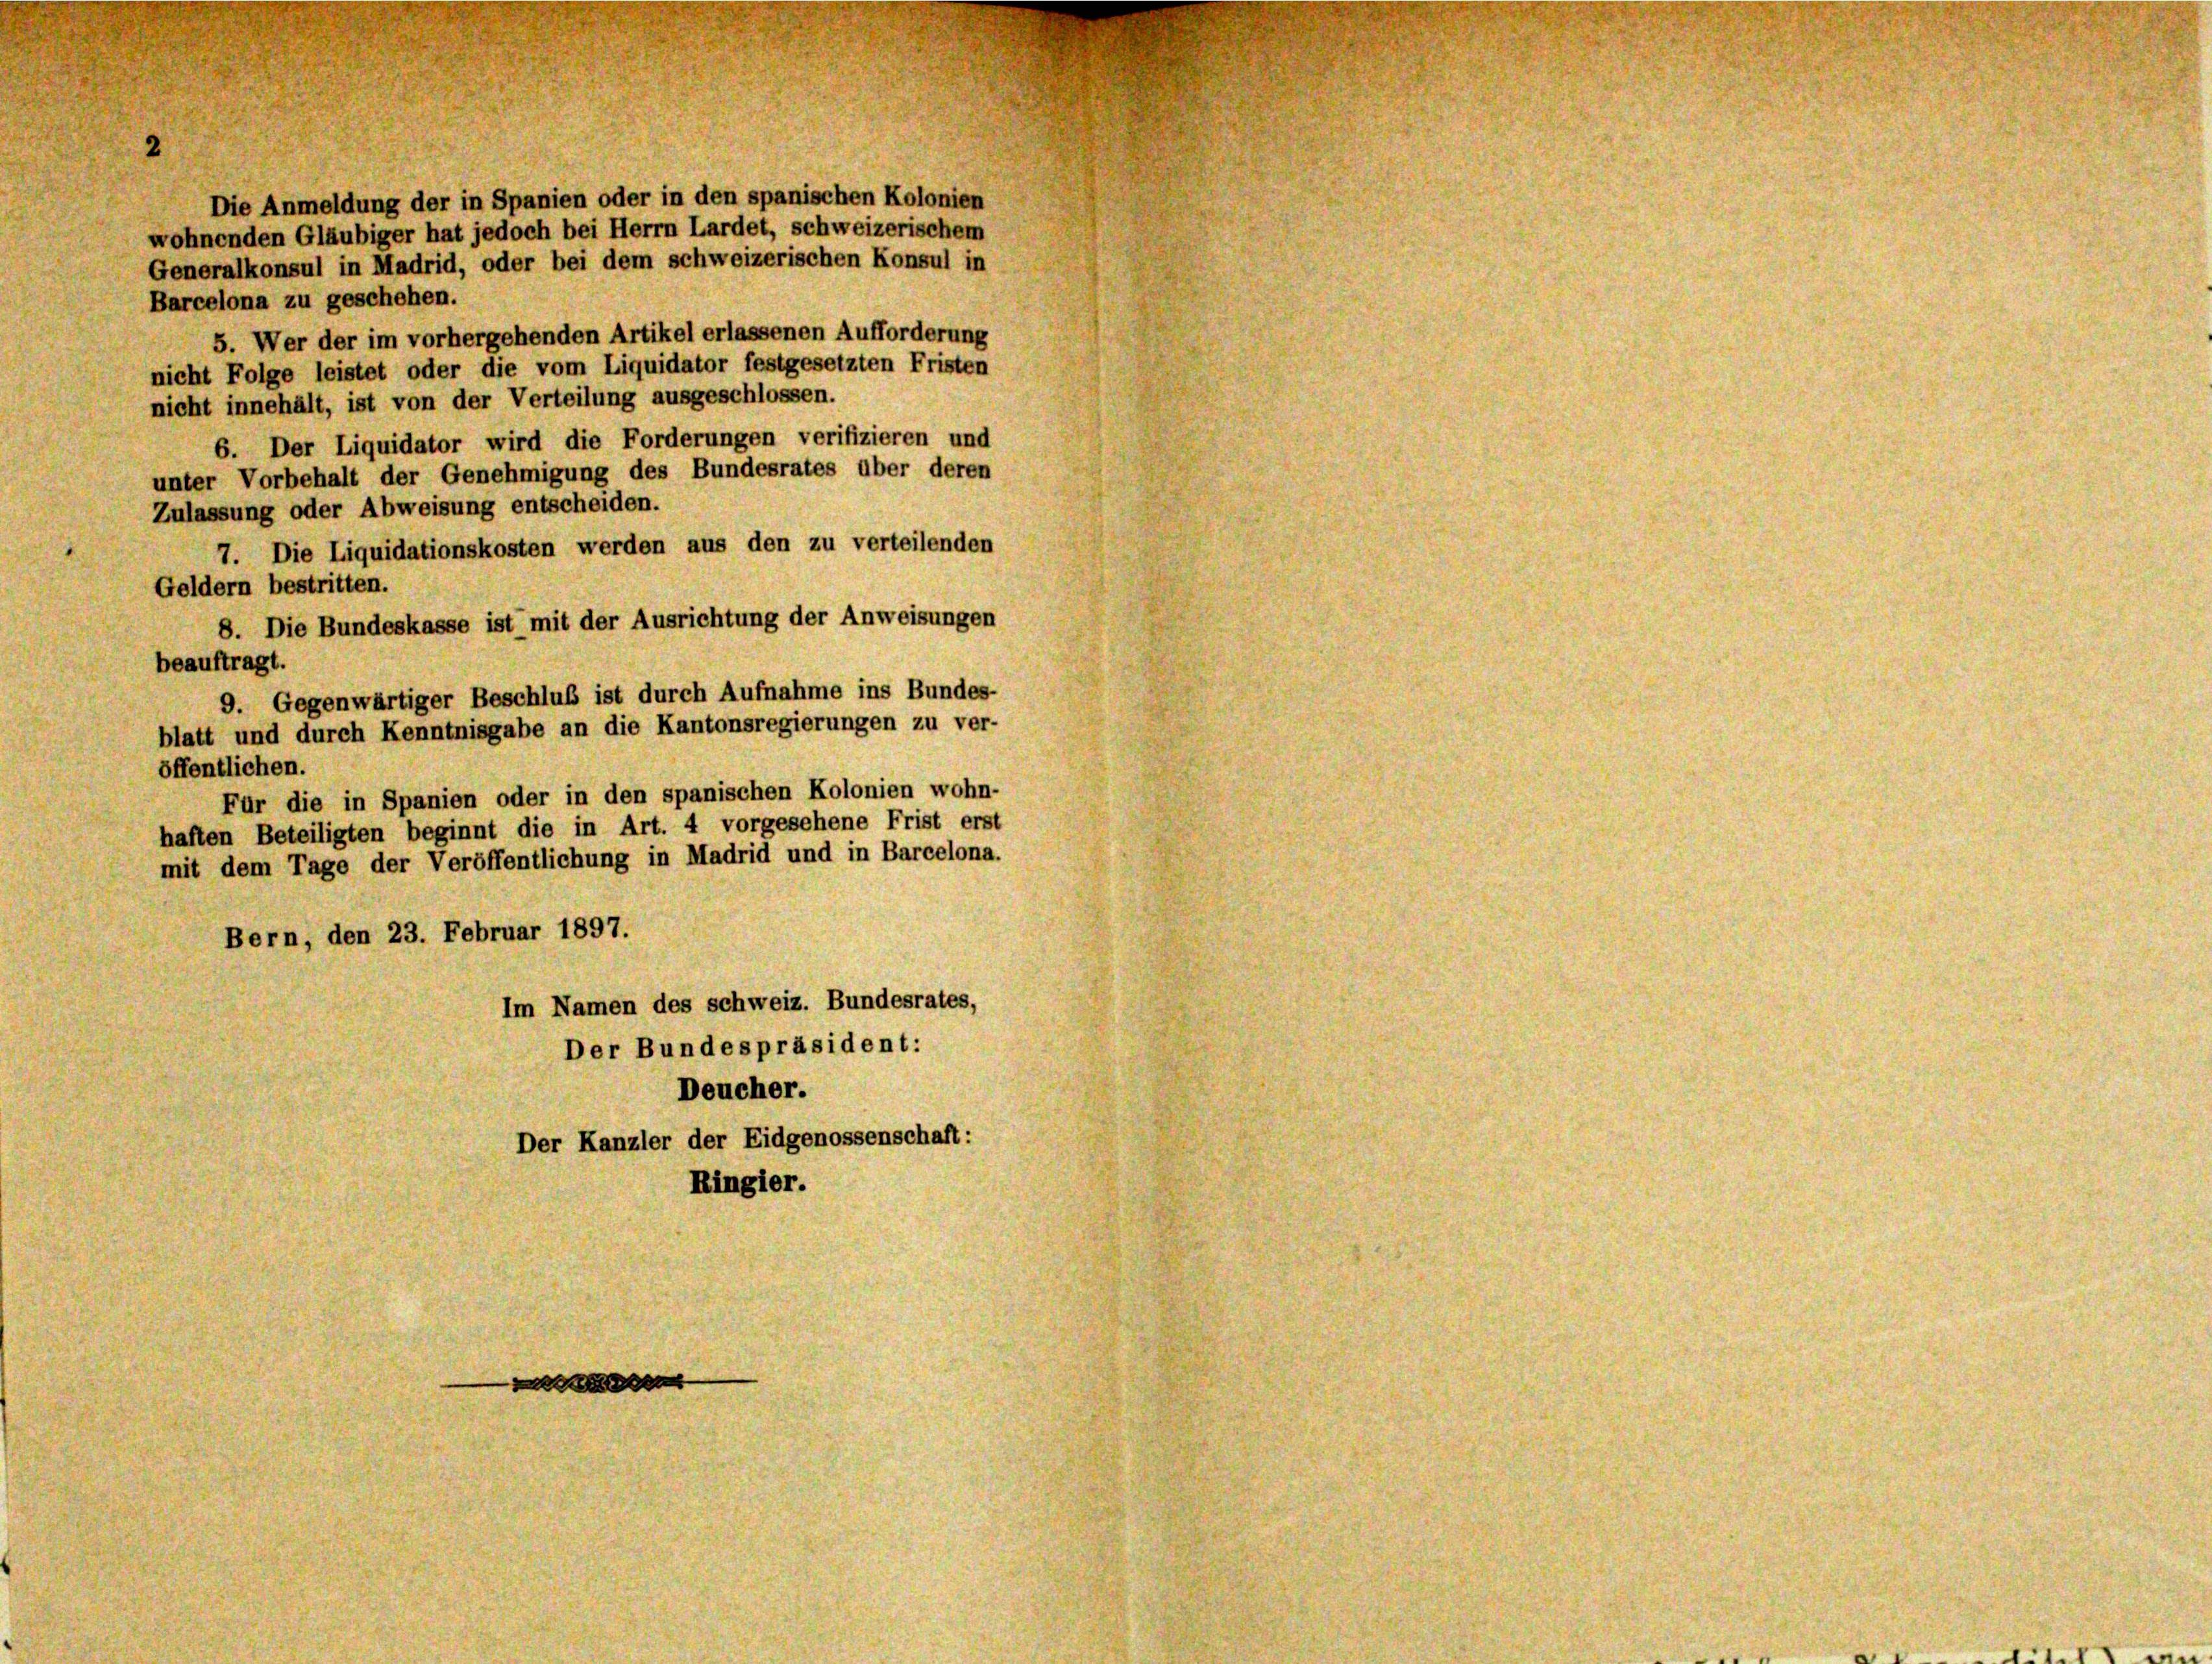
Generalkonsul in Madrid, oder bei dem schweizerischen Konsul in
Barcelona zu geschehen.
5. Wer der im vorhergehenden Artikel erlassenen Aufforderung
nicht Folge leistet oder die vom Liquidator festgesetzten Fristen
nicht innehält, ist von der Verteilung ausgeschlossen.
6. Der Liquidator wird die Forderungen verifizieren und
unter Vorbehalt der Genehmigung des Bundesrates über deren
Zulassung oder Abweisung entscheiden.
7. Die Liquidationskosten werden aus den zu verteilenden
Geldern bestritten.
8. Die Bundeskasse ist mit der Ausrichtung der Anweisungen
beauftragt.
9. Gegenwärtiger Beschluß ist durch Aufnahme ins Bundes-
blatt und durch Kenntnisgabe an die Kantonsregierungen zu ver-
öffentlichen.
Für die in Spanien oder in den spanischen Kolonien wohn-
haften Beteiligten beginnt die in Art. 4 vorgesehene Frist erst
mit dem Tage der Veröffentlichung in Madrid und in Barcelona.
Bern, den 23. Februar 1897.
Im Namen des schweiz. Bundesrates,
Der Bundespräsident:
Deucher.
Der Kanzler der Eidgenossenschaft:
Ringier.

Die Anmeldung der in Spanien oder in den spanischen Kolonien
wohnenden Gläubiger hat jedoch bei Herrn Lardet, schweizerischem